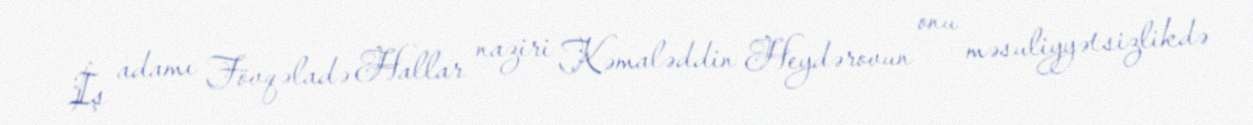
İş adamı Fövqəladə Hallar naziri Kəmaləddin Heydərovun onu məsuliyyətsizlikdə